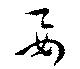
要